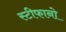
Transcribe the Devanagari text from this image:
स्टीफानो